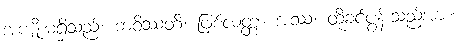
အကျိုးမရှိသည်။ ဘဝိဿတိ၊ ဖြစ်လတ္တံ့။ အဿ၊ ထိုခင်ပွန်းသည်အား။